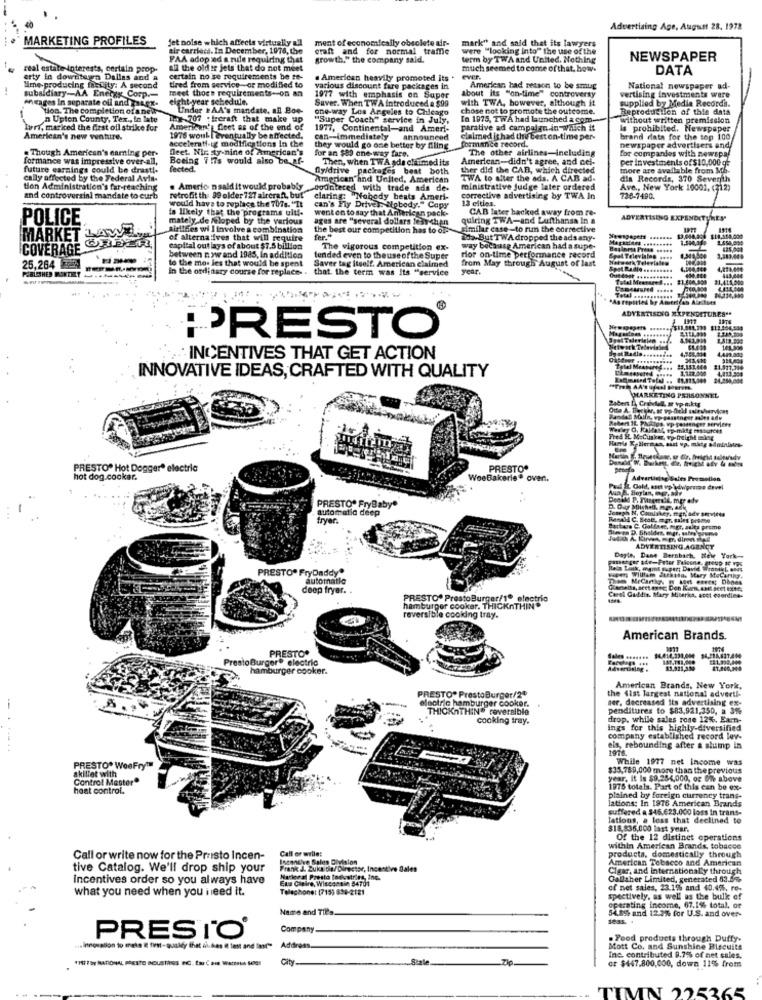
Advertising Age, August 28. 1978
MARKETING PROFILES
jet noise which affects virtually all
ment of economically obsolete air-
mark" and said that its lawyers
Bir carrieti. In December, 1978, the
craft and for normal traffic
were "looking into" the use of the
FAA adop :ed a rule requiring that
growth," the company sald.
term by TWA and United. Nothing
NEWSPAPER
real estate interests, certain prop-
all the old ir jets that do not meet
much seemed to come of that. how.
DATA
erty in downtown Dallas and a
certain no se requirements be te-
. American heavily promoted its .
ever.
lime-producing facility: A second
tired from service-or modified to
meet those requirements-on an
various discount fare packages in
about its "on-time" controversy
American had netson to be smug
National newspaper ad-
Antages In separate oil and maex-
subsidiary -- AA Energy Corp .-
eight-year schedule.
1977 with emphasis on Super
Saver. When TWA introduced & $99
with TWA, however, although it
vertising investments were
supplied by Media Recorda.
Hon. The completion of anew
Under &AA's mandate, all Boo-
one-way Los Angeles to Chicago
chose not to promote the outcome.
Reproduction of this data
n Upton County, Tex ., in late
hoe-707 : Ircraft that make up
"Super Coach" service in July,
In 1975, TWA had launched a com.
without written premission
Ivri, marked the first oil strike for
American's feet as of the end of
1977, Continental-and Ameri-
parative ad campaign in which it
Is prohibited. Newspaper
American's new wattire.
1976 woul [ eventually be affected.
accelerati-ig modifications in the
can -- immediately
announced
clalmed it had the best on-time per-
formance record.
brand data for the top 100
. Though American's earning per-
Deet. Nic ty-nine of American's
they would go one better by filing
for an $89 one-way fare.
The other airlines-including
newspaper advertisers and
for companies with newspal
formance was impressive over-all,
Boeing 717s would also be af-
Then, when TWA ada chitimed its
American-didn't agree, and cel-
per investments of $10,000 gE
future earnings could be drast !.
fected.
Gyidrive packages best both
ther did the CAB, which directed
more are available from Mb.
cally affected by the Federal Avia-
American and United, American
TWA to alter the ads. A CAB ad-
dia Records, 370 Seventh
tion Administration's far-reaching
. Americ nsaid it would probably
dodritered with trade ads de-
ministrative judge later ordered
Ave ., New York 10001, (312)
and controversial mandate to curb
retrofit th: 99 older 727 aircraft, but"
would have to replace the 70s. "Tt
claring: "Nobody beats Ameri-
corrective advertising by TWA In
13 cities.
736-7490.
is likely that the programs ulti-
can's Fly Driver Nobody." Copy
went on to say that Anlerican pack-
CAB Inter backed away from re-
POLICE
mately de Mloped by the various
ages are "several dollars fear-chan
quiring TWA-and Lufthansa In a
ADVERTISING EXPENDITURES
MARKET LAW
airlines wi I involve a combination
the best our competition has to ole-
similar case-to run the corrective
of alternatives that will require
da-But TWA dropped the adsany-
1,500,0
1.658,600
COVERAGE
ORDER
capital out lays of about $7.5 billion
The vigorous competition ex-
way because American had a supe-
25,264 724
between now and 1985, In addition
tended even to theuseof the Super
rior on-time performance record
from May through August of last
Televiales
3,983,64 9
to the mo- les that would be spent
in the ordinary course for replace. . that. the term was Its "service
Saver tag itself. American claimed
Year
4,220,000
....
#1,418,000
143,844
ADVERTISING EXPENDITURES ..
1917
PRESTO®
144.000
INCENTIVES THAT GET ACTION
Total M
13,157.444
1.123.000
21.377,704
INNOVATIVE IDEAS, CRAFTED WITH QUALITY
Saber D, Cristal, ar vp-a.k.ty
MARKETING PERSONNEL
Wesley O, Kallat, op-mitg msburcht
Fred H. MoChasker, vy-(height =kg
PRESTO* Hot Dogger* electric
PRESTO*
hot dog.cookar.
WoeBakerle. over.
Advertidsg Sales Promotion
Ano E. Boylan, mer, air
Paid IL Gold, aset vp \dwpomme devel
automatic deep
PRESTO. FryBaby"
D. Our Mlichen. OP. Bek
Joseph N, Comiskey, menade services
tryer.
Renal C. Best, mar, sales preme
Barbera C. Golfaez, mgr, sales promo
ADVERTISING AGENCY
met ger ate-Futer Falcone. heup It Vos
Doyle, Dane Bernbach, New York-
PRESTO® FryDaddy"
leia Link, mgmt super; David Wrontki, ends
automatle
been Willlam durata. Mary MeCarthy.
deep fryer. .
PRESTO" PrestoBurger/1* electric
Carel Gaddis. Mary Sticerica, acet esordine-
hamburger cooker. THICKnTHIN
reversible cooking tray.
American Brands.
PRESTO*
Presto Burger electric
hamburger cooker.
miting .
the 4ist largest national adverti-
American Brands, New York,
PRESTO® PrestoBurger/20
electric hamburger cooker.
ser, decreased its advertising ex-
THICKnTHIN® reversible
penditures to $83,921,350, a 3%
cooking tray.
drop, while sales rose 12%. Earn-
ings for this highly-diversified
company established record lov-
els, rebounding after a slump in
1976.
While 1977 net income was
PRESTO* WooFry"
skillet with
$35,789,000 more than the previous
Control Megtor"
year. it Is $9.284,000, og 69% above
hast control.
1975 totals. Part of this can be ex-
plained by foreign currency trans-
lations: In 1976 American Brands
suffered a $46.623.000 loss in trans-
lations, a loss that declined to
$18,836,000 last year.
Of the 12 distinct operations
Call or wille:
within American Brands, tobacco
Call or write now for the Presto Incen-
Incentive Sales Division
products, domestically through
American Tobacco and American
tive Catalog. We'll drop ship your
Frank J. Zuknitin/Director, Incentive Sales
Cigar, and internationally through
Incentives order so you always have
Mailen
Eua Capire, Wisconsin 54701
Marlenal Presto todvatries, inc.
Gallaher Limited, generated 83.5%.
what you need when you need it.
Telephone: (7155 638-2181
of net sales, 23.15% and 40.45%, re-
spectively, as well as the bulk of
Name and Tils.
54.856 and 12.2% for U.S. and over-
operating income, 67.1% total, or
Company.
PRESTO®
. Food products through Duffy-
usInnovation to make & first- quality that dikes it fast and lat" Address.
Addrg
Mott Co. and Sunshine Biscuits
*HI / by NATIONAL PRESTO BOUSTAGS FC. for Cais WitteLA SOCI
City-
.Zip
cz $447.800,000, down 11% from
Ine contributed 9,7% of net sales.
IN 225265